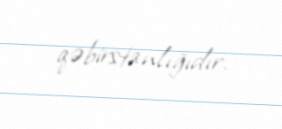
qəbirstanlığıdır.